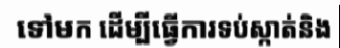
ទៅមក ដើម្បីធ្វើការទប់ស្កាត់និង